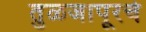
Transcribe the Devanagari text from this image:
तुळजापूरचे